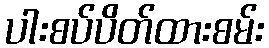
ပါးစပ်ပိတ်ထားစမ်း